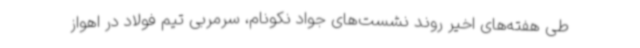
طی هفته‌های اخیر روند نشست‌های جواد نکونام، سرمربی تیم فولاد در اهواز